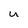
Character: u